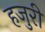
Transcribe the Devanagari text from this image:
हजुरी